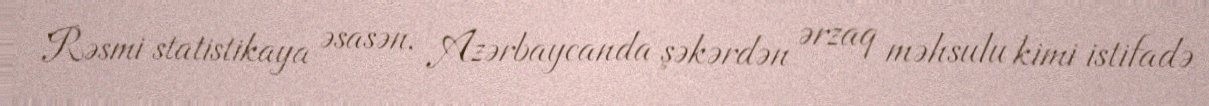
Rəsmi statistikaya əsasən, Azərbaycanda şəkərdən ərzaq məhsulu kimi istifadə